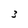
Character: 3